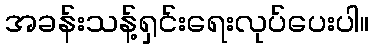
အခန်းသန့်ရှင်းရေးလုပ်ပေးပါ။